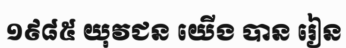
១៩៨៥ យុវជន យើង បាន រៀន